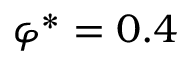
\varphi ^ { * } = 0 . 4